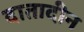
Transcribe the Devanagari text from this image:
दातादीन